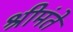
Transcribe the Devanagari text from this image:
श्रीमंतें